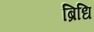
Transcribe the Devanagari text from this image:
ब्रिधि